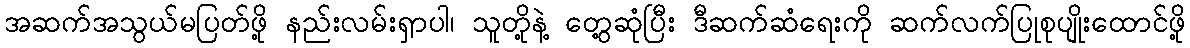
အဆက်အသွယ်မပြတ်ဖို့ နည်းလမ်းရှာပါ၊ သူတို့နဲ့ တွေ့ဆုံပြီး ဒီဆက်ဆံရေးကို ဆက်လက်ပြုစုပျိုးထောင်ဖို့